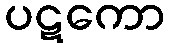
ပဋကော